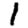
Digit: 1